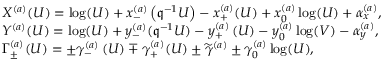
\begin{array} { r l } & { X ^ { ( a ) } ( U ) = \log ( U ) + x _ { - } ^ { ( a ) } \left( \mathfrak { q } ^ { - 1 } U \right) - x _ { + } ^ { ( a ) } ( U ) + x _ { 0 } ^ { ( a ) } \log ( U ) + \alpha _ { x } ^ { ( a ) } , } \\ & { Y ^ { ( a ) } ( U ) = \log ( U ) + y _ { - } ^ { ( a ) } ( \mathfrak { q } ^ { - 1 } U ) - y _ { + } ^ { ( a ) } \left( U \right) - y _ { 0 } ^ { ( a ) } \log ( V ) - \alpha _ { y } ^ { ( a ) } , } \\ & { \Gamma _ { \pm } ^ { ( a ) } ( U ) = \pm \gamma _ { - } ^ { ( a ) } \left( U \right) \mp \gamma _ { + } ^ { ( a ) } ( U ) \pm \widetilde { \gamma } ^ { ( a ) } \pm \gamma _ { 0 } ^ { ( a ) } \log ( U ) , } \end{array}